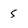
Character: 5